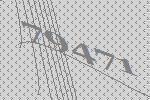
79471